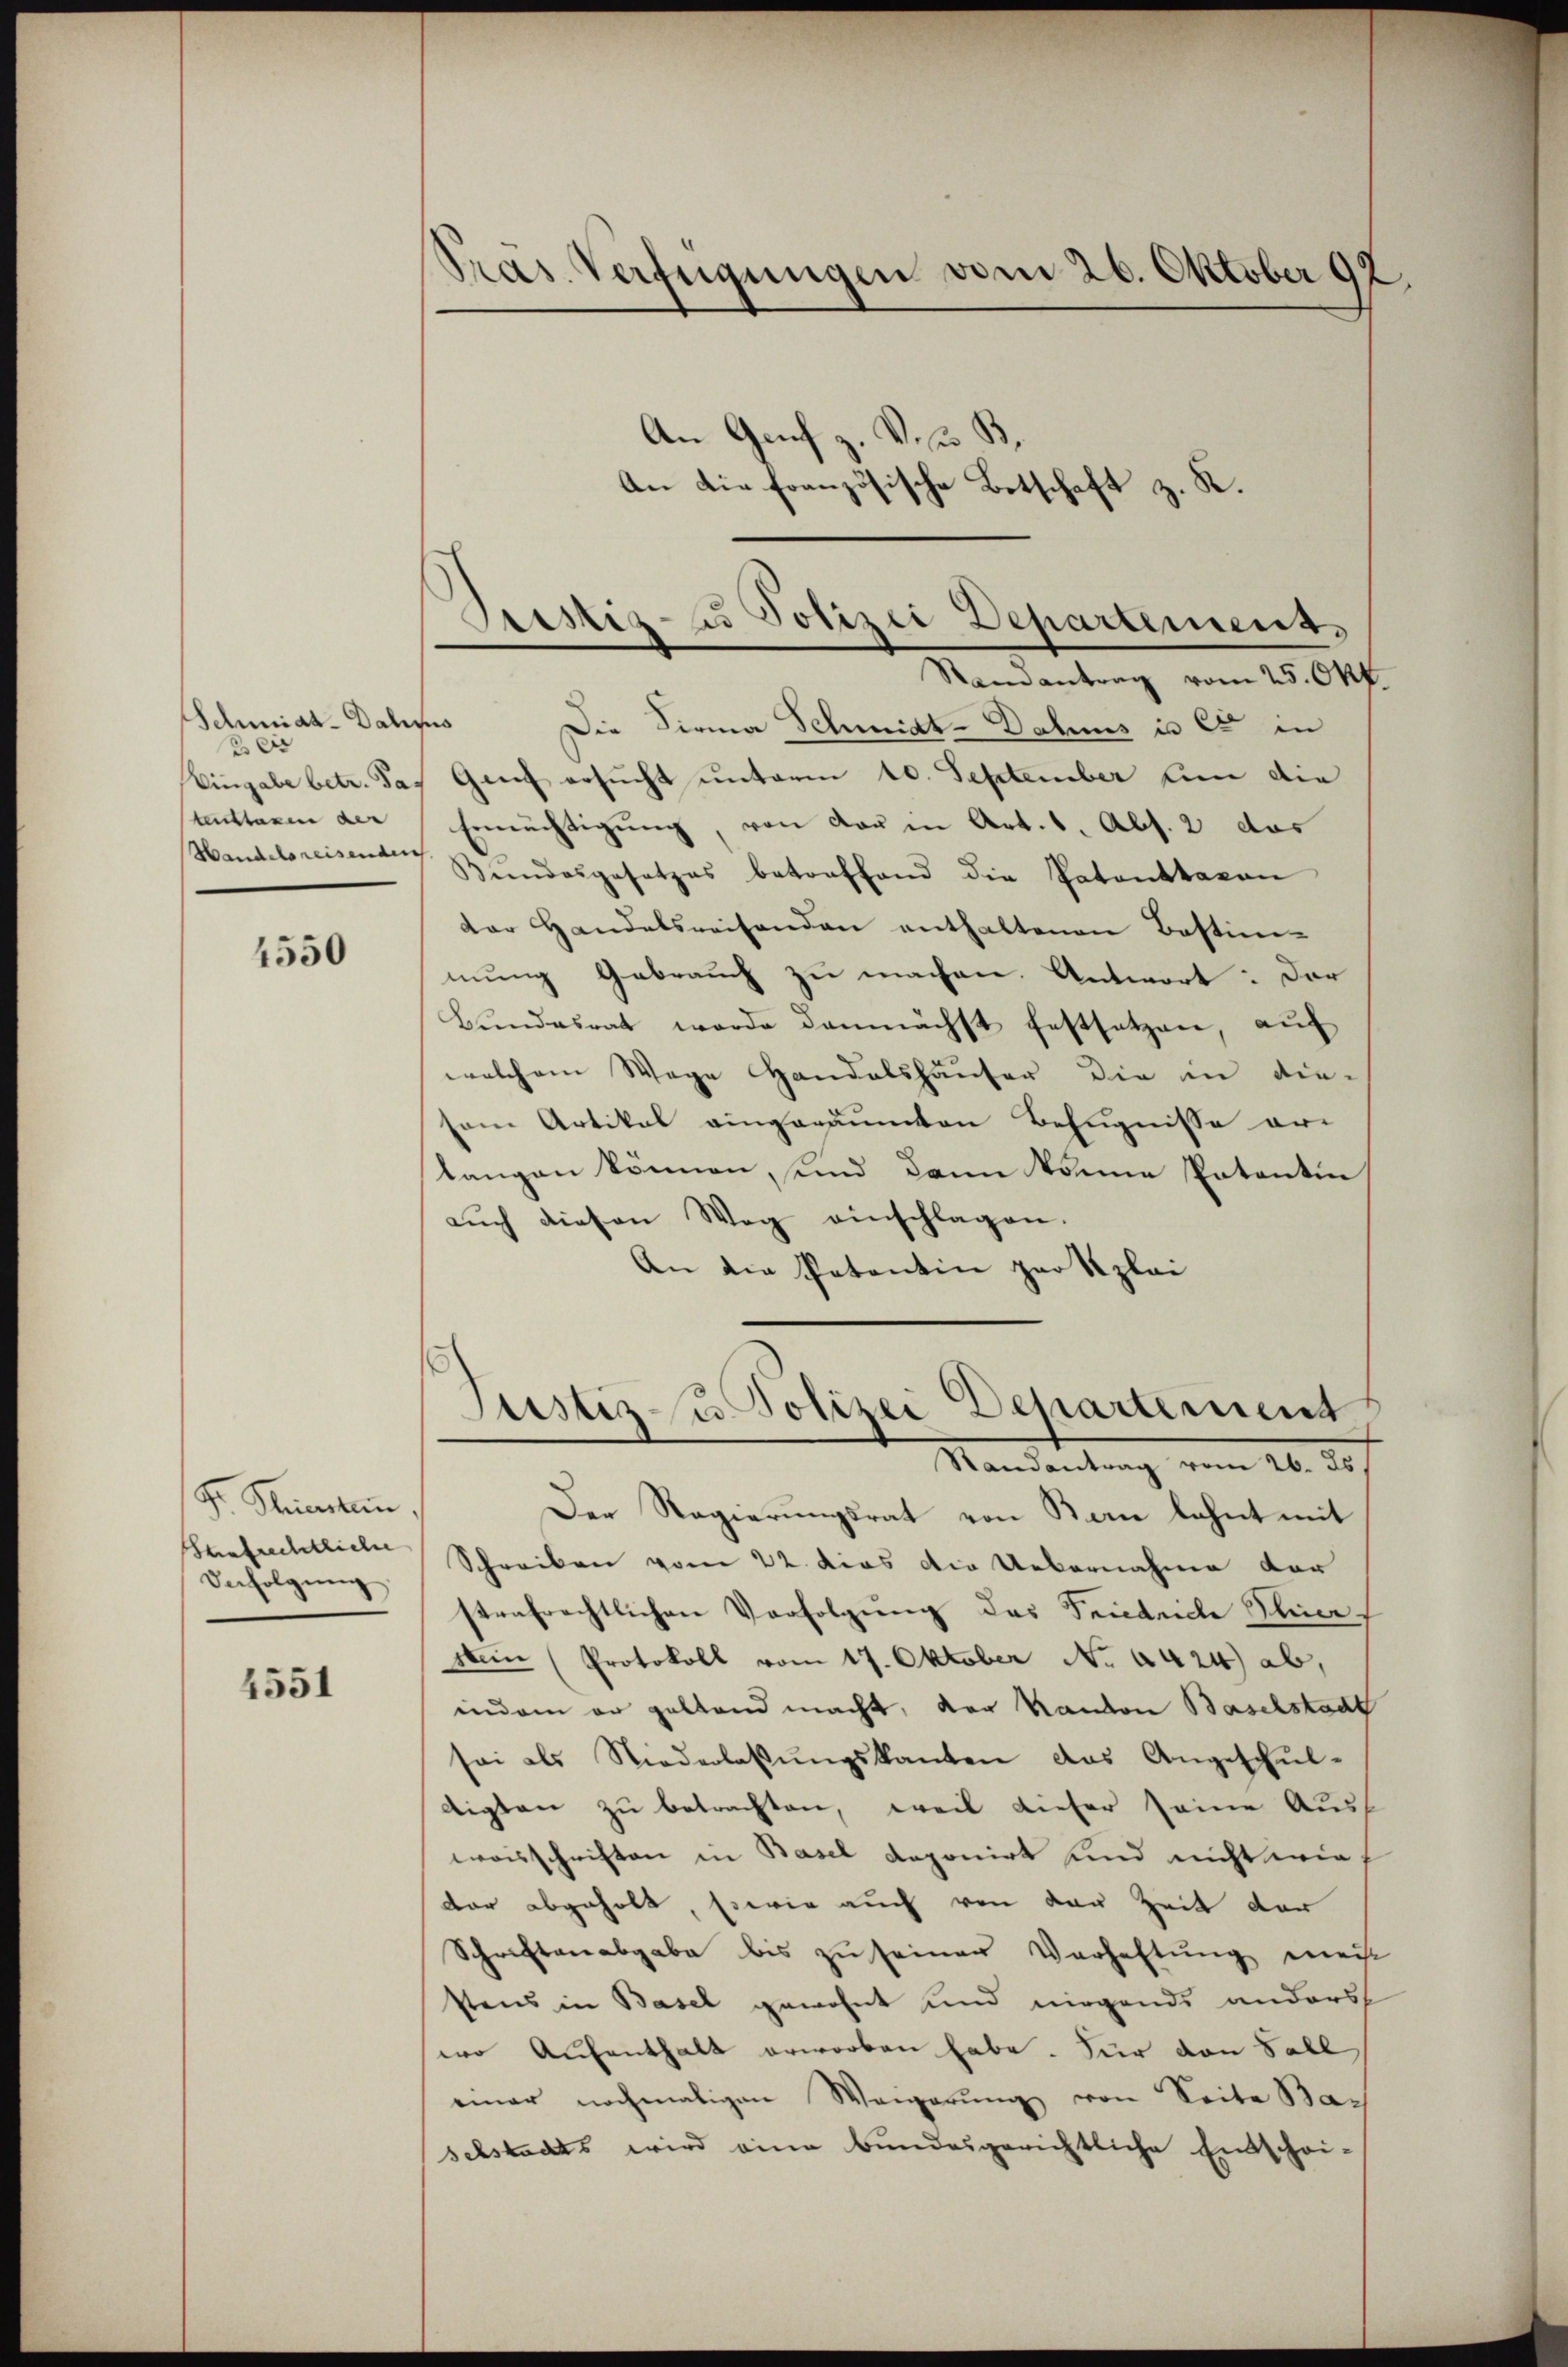
Schiat. Dabis
 es
Eingabe betr. Pa
tenstaxen der

4550

S. Stimmten,
Saufrechtliche
Befolgŭng

4551

Präs. Verfügungen vom 26. Oktober 92.

An Genf z. Vers
An die französische Botschaft z. K.

s
Die Sirna Schmidt-Datums in Cet in
Genf ersucht unterm 10. September nun die
Ermächtigŭng, von der in Art. 1. Abs. 2 das
Handelsreisente Bŭndesgesetzes betreffend die Patenttavon
dar Handelsreisenden enthaltenen Bestimmung Gebrauch zu machen. Antwort: Der
Bŭndesrat werde demnächst festsetzen, aŭf
welchem Wege Handelshäuser die in die-
sem Artikal eingeräumten Befugnisse er-
langen können, sind dann könne Patentin,
aŭch diesen Weg einschlagen.
An die Patentin zur Klei
Justiz u. Polizei Departement,
Randantrag vom 26. ds.
Der Regierungsrat von Bern lehnt mit
Schreiben vom 22. dies die Uebernahme der
strafrechtlichen Verfolgung des Friedriche Schine
stein (Protokoll vom 17. Oktober Nr. 6424) ab,
indem er geltend macht, der Kanton Baselstadt
sei als Niederlassŭngskanton das Angeschŭl-
digten zu betrachten, weil dieser seine Auss
waisschriften in Basel deponirt und nicht wie
dar abgeholt, sowie auch von der Zeit der
Schriftenabgabe bis zu seiner Verhaltung meist
stens in Basel gewohnt und nirgends anders
wo Aufenthalt erworben habe. Für von Soll
einer nochmaligen Wangerŭng von Seite Bac
selstadts wird eine bundesgerichtliche Entschei-

Sistiz- u Polizei Departement,
Ramantrag vom 25. Okt.